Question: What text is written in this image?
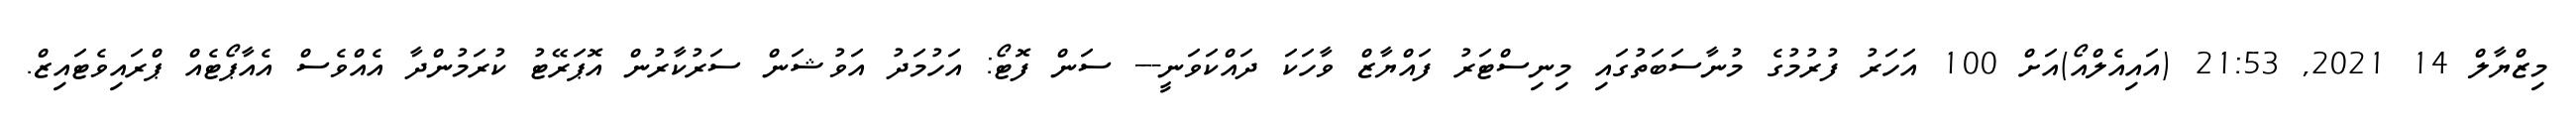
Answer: މިޒްޔާލް 14 2021, 21:53 (އައިއެލްއޯ)އަށް 100 އަހަރު ފުރުމުގެ މުނާސަބަތުގައި މިނިސްޓަރު ފައްޔާޒް ވާހަކަ ދައްކަވަނީ--- ސަން ފޮޓޯ: އަހުމަދު އަވުޝަން ސަރުކާރުން އޮޕަރޭޓު ކުރަމުންދާ އެއްވެސް އެއާޕޯޓެއް ޕްރައިވެޓައިޒް.